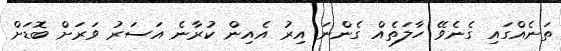
ތަނެއްގައި ގެނެވޭ ހާލަތެއް ގެންނަ އިރު އެއިން ކުރާނެ އަސަރު ވަރަށް ބޮޑަށް